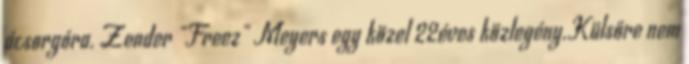
ácsorgóra. Zender "Freez" Meyers egy közel 22éves közlegény.Külsőre nem